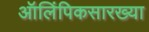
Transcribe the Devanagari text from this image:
ऑलिंपिकसारख्या